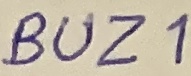
Text: BUZ1